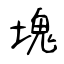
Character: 塊